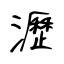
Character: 瀝